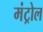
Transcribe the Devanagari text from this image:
मंट्रोल